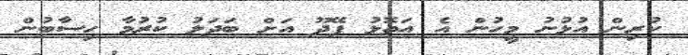
ކުރިން އުޅުނު މީހުން އެ އަތޮޅު ފޭދޫ އަށް ބަދަލު ކުރުމާ ހިސާބުން